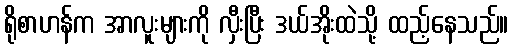
ရိုစာဟန်က အာလူးများကို လှီးပြီး ဒယ်အိုးထဲသို့ ထည့်နေသည်။